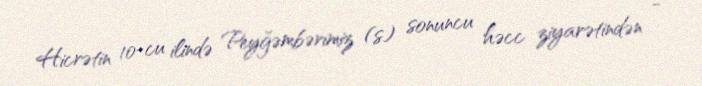
Hicrətin 10-cu ilində Peyğəmbərimiz (s) sonuncu həcc ziyarətindən -